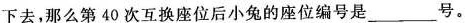
下去，那么第40次互换座位后小兔的座位编号是 ___ 号。